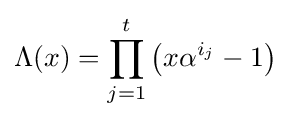
\Lambda (x)=\prod _{j=1}^{t}\left(x\alpha ^{i_{j}}-1\right)